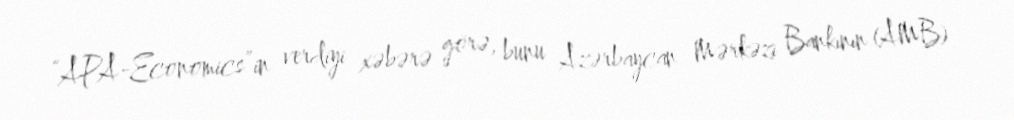
“APA-Economics”in verdiyi xəbərə görə, bunu Azərbaycan Mərkəzi Bankının (AMB)